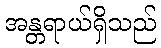
အန္တရာယ်ရှိသည်